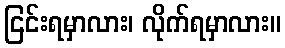
ငြင်းရမှာလား၊ လိုက်ရမှာလား။